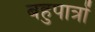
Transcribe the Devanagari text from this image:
बहुपात्रों